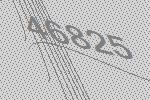
46825